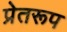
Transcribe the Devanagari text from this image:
प्रेतरूप